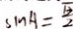
\sin A = \frac { \sqrt { 3 } } { 2 }